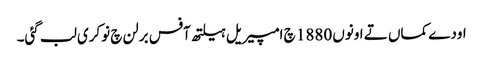
اودے کماں تے اونوں 1880 چ امپیریل ہیلتھ آفس برلن چ نوکری لب گئی۔